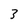
Character: 3